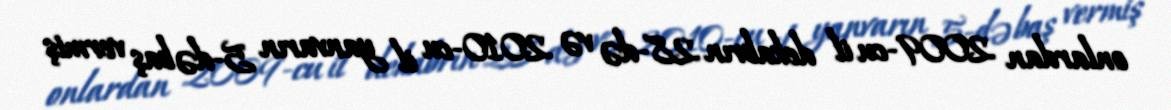
onlardan 2009-cu il dekabrın 28-də və 2010-cu il yanvarın 5-də baş vermiş